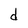
Character: d